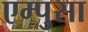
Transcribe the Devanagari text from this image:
एम्पुसा